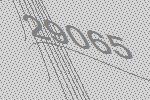
29065